Kures,_Voldemar, lk 132
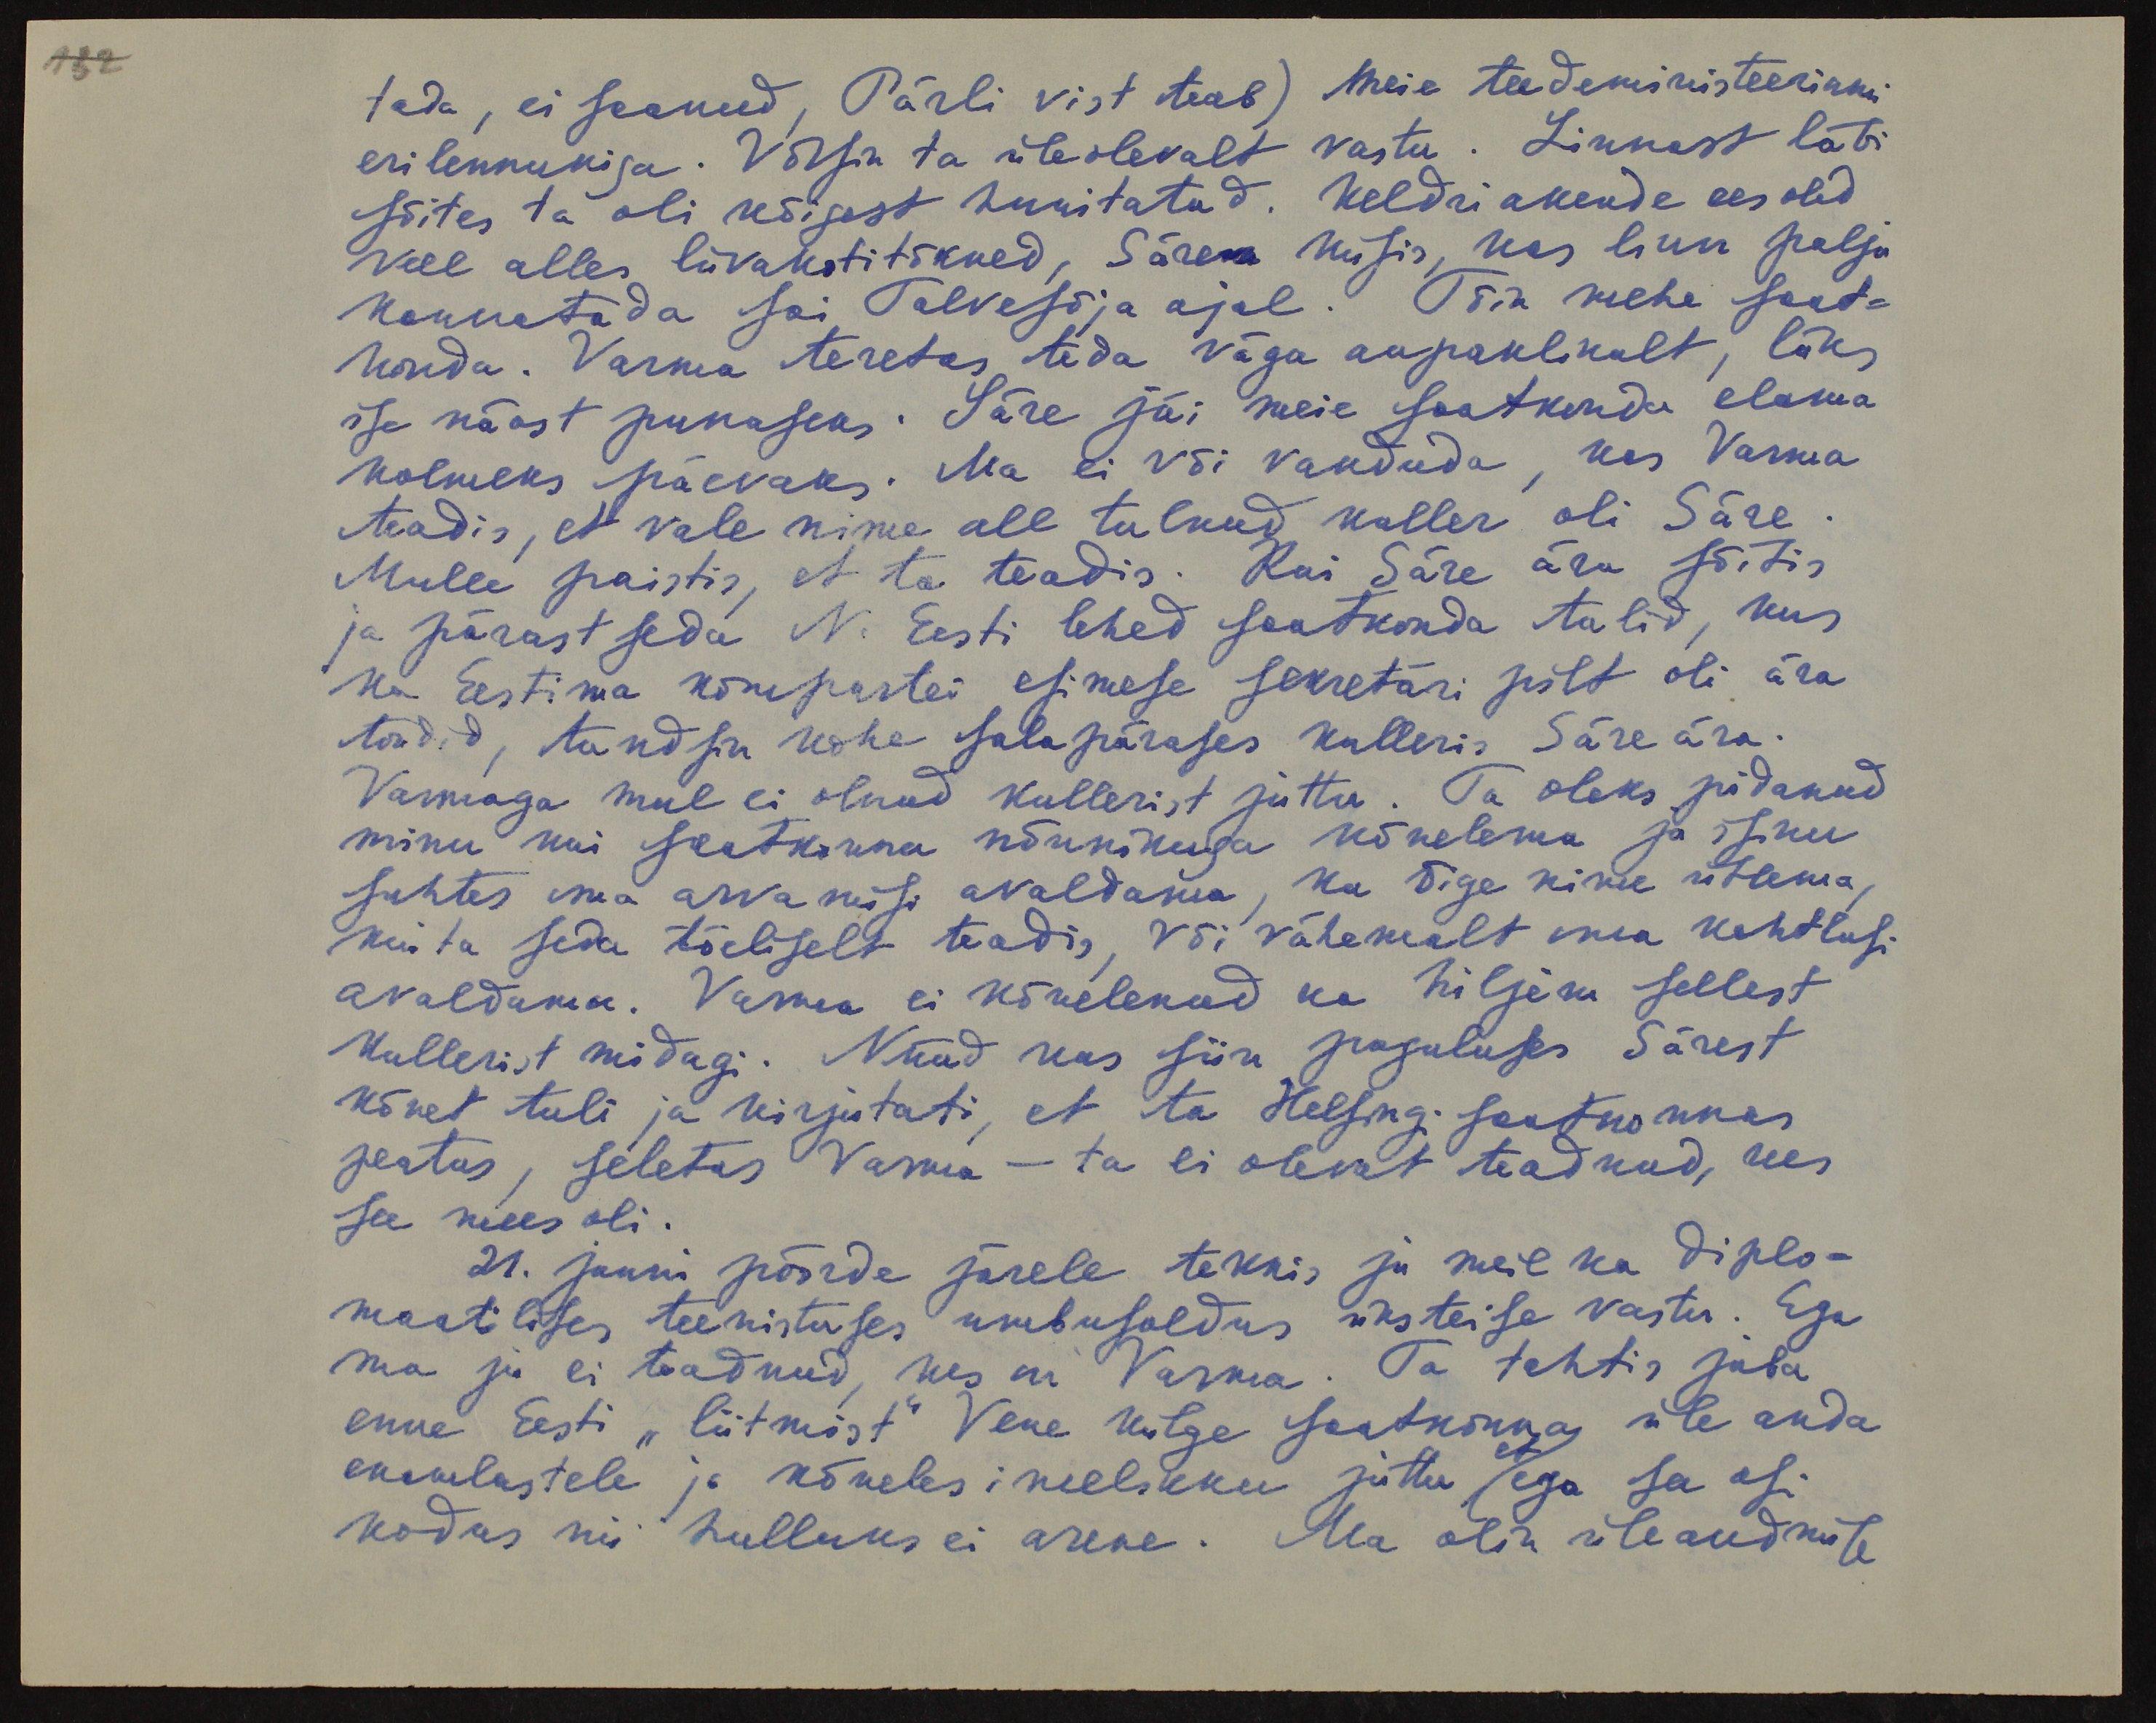
132

tada, ei saanud, Pärli vist teab) meie teedeministeeriumi
erilennukiga. Võtsin ta üleolevalt vastu. Linnast läbi
sõites ta oli kõigest huvitatud. Keldriakende ees olid
veel alles liivakotitõkked, Säre küsis, kas linn palju
kannatada sai Talvesõja ajal. Tõin mehe saat-
konda. Varma teretas teda väga aupaklikult, läks
ise näost punaseks. Säre jäi meie saatkonda elama
kolmeks päevaks. Ma ei või vanduda, kas Varma
teadis, et vale nime all tulnud kuller oli Säre
Mulle paistis, et ta teadis. Kui Säre ära sõitis
ja pärast seda N. Eesti lehed saatkonda tulid, kus
ka Eestima kompartei esimese sekretäri pilt oli ära
toodud, tundsin kohe salapärases kulleris Säre ära.
Varmaga mul ei olnud kullerist juttu. Ta oleks pidanud
minu kui saatkonna nõunikuga kõnelema ja isiku
suhtes oma arvamusi avaldama, ka õige nime ütlema,
kui ta seda tõeliselt teadis, või vähemalt oma kahtlusi
avaldama. Varma ei kõnelenud ka hiljem sellest
kullerist midagi. Nüüd kus siin paguluses Särest
kõnet tuli ja kirjutati, et ta Helsingi saatkonnas
peatus, seletas Varma - ta ei olevat teadnud, kes
see mees oli.
21. juuni pöörde järele tekkis ju meil ka diplo-
maatilises teenistuses umbusaldus üksteise vastu. Ega
ma ju ei teadnud, kes on Varma. Ta tahtis juba
enne Eesti "liitmist" Vene külge saatkonna üle anda
enamlastele ja kõneles imelikku juttu ega see asi
kodus nii hulluks ei arene. Ma olin üleandmise